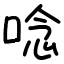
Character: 唸